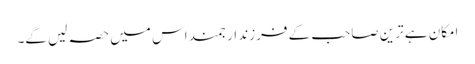
امکان ہے ترین صاحب کے فرزند ارجمند اس میں حصہ لیں گے۔